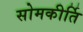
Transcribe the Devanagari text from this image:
सोमकीर्ति